Vaccine operations Central Provinces 1900-1911 - 1900-1911
Year: 1900
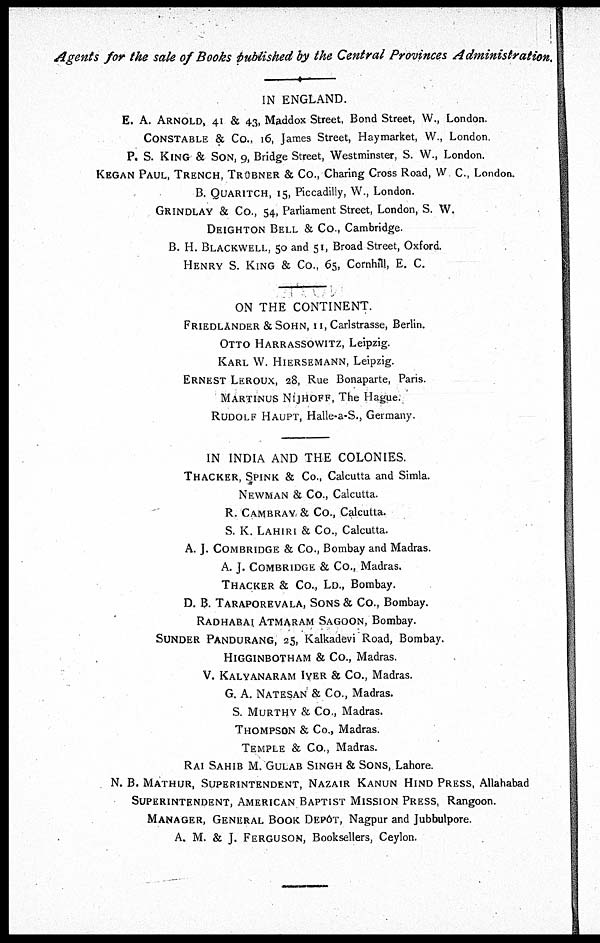
Agents for the sale of Books published by the Central Provinces
Administration.
IN ENGLAND.
E. A. ARNOLD, 41 & 43, Maddox Street, Bond Street, W., London.
CONSTABLE & Co., 16, James Street, Haymarket, W., London
P. S. KING & SON, 9, Bridge Street, Westminster, S. W., London.
KEGAN PAUL, TRENCH, TRÜBNER & Co., Charing Cross Road, W C., London.
B. QUARITCH, 15, Piccadilly, W., London.
GRINDLAY & Co., 54, Parliament Street, London, S. W.
DEIGHTON BELL & Co., Cambridge.
B. H. BLACKWELL, 50 and 51, Broad Street, Oxford.
HENRY S. KING & Co., 65, Cornhill, E. C.
ON THE CONTINENT
FRIEDLANDER & SOHN, 11, Carlstrasse, Berlin.
OTTO HARRASSOWITZ, Leipzig.
KARL W. HIERSEMANN, Leipzig.
ERNEST LEROUX, 28, Rue Bonaparte, Paris.
MARTINUS NIJHOFF, The Hague.
RUDOLF HAUPT, Halle-a-S., Germany.
IN INDIA AND THE COLONIES.
THACKER, SPINK & Co., Calcutta and Simla.
NEWMAN & Co., Calcutta.
R. CAMBRAY & Co., Calcutta.
S. K. LAHIRI & Co., Calcutta.
A. J. COMBRIDGE & Co., Bombay and Madras.
A. J. COMBRIDGE & Co., Madras.
THACKER & Co., LD., Bombay.
D. B. TARAPOREVALA, SONS & Co., Bombay.
RADHABAI ATMARAM SAGOON, Bombay.
SUNDER PANDURANG, 25, Kalkadevi Road, Bombay.
HIGGINBOTHAM & Co., Madras.
V. KALYANARAM IYER & Co., Madras.
G. A. NASESAN & Co., Madras.
S. MURTHY & Co., Madras.
THOMPSON & Co., Madras.
TEMPLE & Co., Madras.
RAI SAHIB M. GULAB SINGH & SONS, Lahore.
N. B. MATHUR, SUPERINTENDENT, NAZAIR KANUN HIND PRESS, Allahabad
SUPERINTENDENT, AMERICAN BAPTIST MISSION PRESS, Rangoon.
MANAGER, GENERAL BOOK DEPÔT, Nagpur and Jubbulpore.
A. M. & J. FERGUSON, Booksellers, Ceylon.